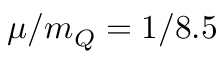
\mu / m _ { Q } = 1 / 8 . 5